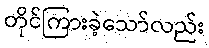
တိုင်ကြားခဲ့သော်လည်း